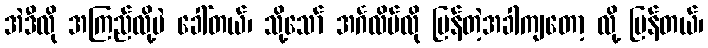
အဲဒီလို အကြည်လို့ပဲ ခေါ်တယ်၊ သို့သော် အင်္ဂလိပ်လို ပြန်တဲ့အခါကျတော့ လို့ ပြန်တယ်၊